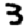
Digit: 3